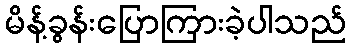
မိန့်ခွန်းပြောကြားခဲ့ပါသည်